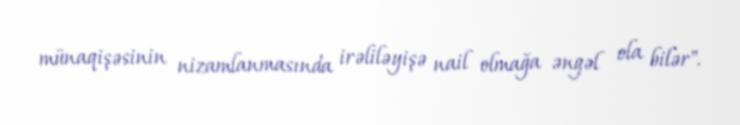
münaqişəsinin nizamlanmasında irəliləyişə nail olmağa əngəl ola bilər".